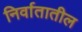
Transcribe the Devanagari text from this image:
निर्वातातील